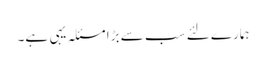
ہمارے لئے سب سے بڑا مسئلہ یہی ہے۔